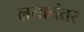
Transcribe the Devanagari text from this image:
लयानंतर